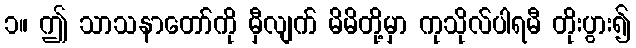
၁။ ဤ သာသနာတော်ကို မှီလျက် မိမိတို့မှာ ကုသိုလ်ပါရမီ တိုးပွား၍